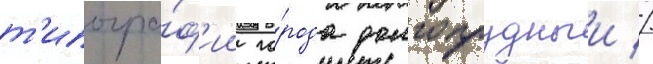
т'ипогра́ф'ии го́рода долгопрудныи //